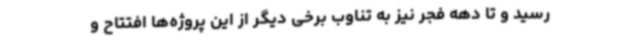
رسید و تا دهه فجر نیز به تناوب برخی دیگر از این پروژه‌ها افتتاح و